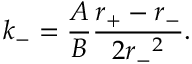
k _ { - } = \frac { A } { B } \frac { r _ { + } - r _ { - } } { 2 { r _ { - } } ^ { 2 } } .